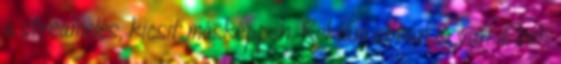
a streamelés, kicsit másképpen. Reklám abban is van. Ezek